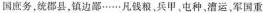
国庶务，统郡县，镇边鄙……凡钱粮，兵甲屯种，漕运，军国重